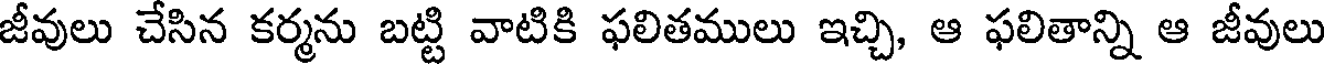
జీవులు చేసిన కర్మను బట్టి వాటికి ఫలితములు ఇచ్చి, ఆ ఫలితాన్ని ఆ జీవులు